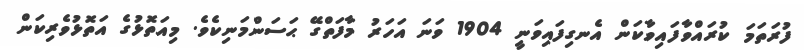
ފުރަތަމަ ކުރައްވާފައިވާކަން އެނގިފައިވަނީ 1904 ވަނަ އަހަރު މާފަތްގޭ ޙަސަންމަނިކެވެ. މިއަތޮޅުގެ އަތޮޅުވެރިކަން